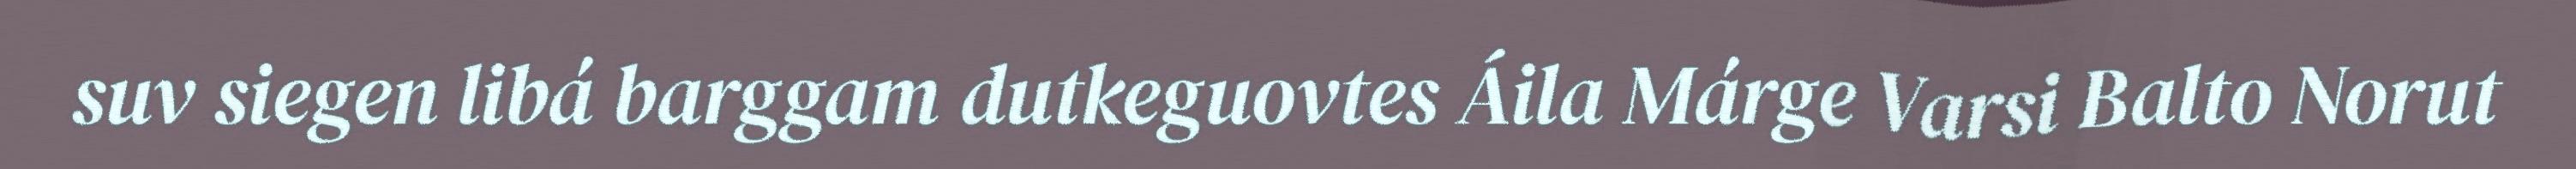
suv siegen libá barggam dutkeguovtes Áila Márge Varsi Balto Norut